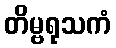
တိမ္ဗရုသကံ